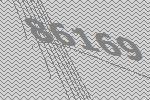
86169